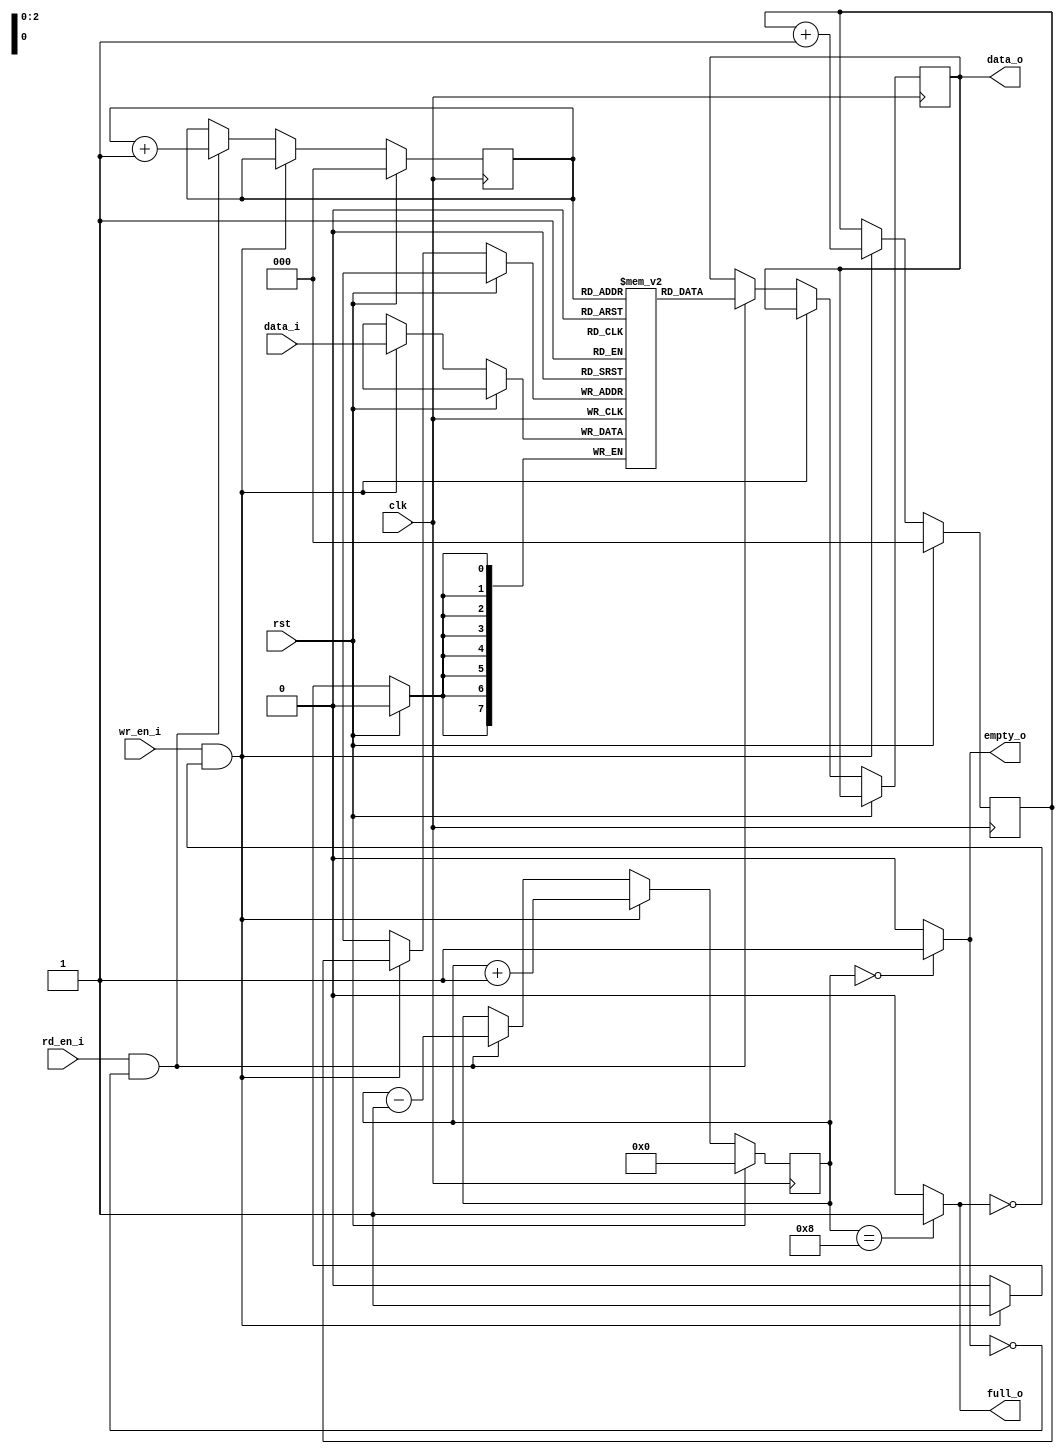
`timescale 1ns / 1ps

module sync_fifo(
input clk,
input rst,

input wr_en_i,
input [7:0] data_i,
output full_o,

input rd_en_i,
output reg [7:0] data_o,
output empty_o
);

parameter DEPTH = 8;
reg [7:0] mem [0:DEPTH-1]; //Defined fifo

reg [2:0] wr_ptr;
reg [2:0] rd_ptr;
reg [3:0] count;
reg full,empty;
always @(*) begin
    full = (count==DEPTH)? 1 : 0;
    empty = (count==0)? 1 : 0;
end

assign full_o=full;
assign empty_o=empty;
always @(posedge clk) begin //Writing
    if (rst) begin
    wr_ptr<=2'd0;
    rd_ptr<=3'd0;
    count<=4'd0;
    end
    else begin
    if(wr_en_i==1 && ~full_o) begin
            mem[wr_ptr]<=data_i;
            wr_ptr<= wr_ptr + 1;
            count<= count + 1;
        end
    else if(rd_en_i==1 && ~empty_o) begin
            data_o<=mem[rd_ptr];
            rd_ptr<= rd_ptr + 1;
            count<= count - 1;
        end
    end
end
endmodule